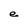
Character: e